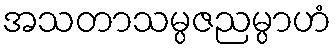
အသတာသမ္ပဇညမ္ပာဟံ